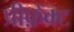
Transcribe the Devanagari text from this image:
प्रीफ़ेक्ट